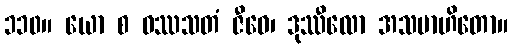
၁၁၀။ ယော စ ဝဿသတံ ဇီဝေ၊ ဒုဿီလော အသမာဟိတော။